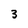
Character: 3